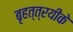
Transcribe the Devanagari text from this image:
बृहत्त्रयीके